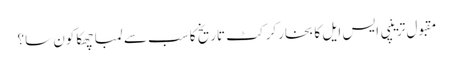
مقبول ترینپی ایس ایل کا بخارکرکٹ تاریخ کا سب سے لمبا چھکا کون سا؟